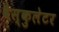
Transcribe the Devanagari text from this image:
वैस्कुलेटर